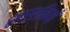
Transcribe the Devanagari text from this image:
स्पर्शनियाँ